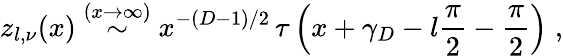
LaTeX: z_{l,\nu}(x)\stackrel{(x\rightarrow\infty)}{\sim}x^{-(D-1)/2}\, \tau\left(x+\gamma_{D}-l\frac{\pi}{2}-\frac{\pi}{2}\right)\; ,